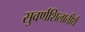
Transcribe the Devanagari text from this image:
सुवर्णशिलातीर्थ